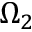
\Omega _ { 2 }